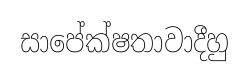
සාපේක්ෂතාවාදීහු